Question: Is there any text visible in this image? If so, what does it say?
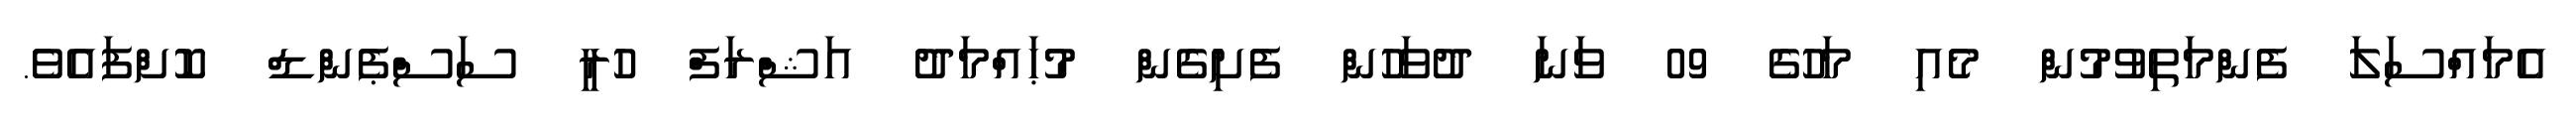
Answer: އެމައްސަލަ ފެންމަތިވުމުން މެއި މަހުގެ 09 ވަނަ ދުވަހުން ފެށިގެން މުޙައްމަދު އަޝްރަފް ހުރީ ސަސްޕެންޑް ކޮށްފައެވެ.